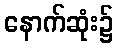
နောက်ဆုံး၌